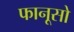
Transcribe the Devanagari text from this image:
फानूसो